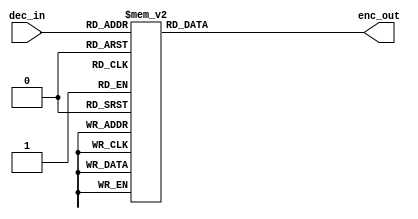
module priority_encoder(
    input [3:0] dec_in,
    output [2:0] enc_out
);

always @(*)
begin
    case(dec_in)
        4'b1001: enc_out = 3'b100; //Decimal 9
        4'b1000: enc_out = 3'b011; //Decimal 8
        4'b0111: enc_out = 3'b010; //Decimal 7
        4'b0110: enc_out = 3'b001; //Decimal 6
        4'b0101: enc_out = 3'b000; //Decimal 5
        4'b0100: enc_out = 3'b110; //Decimal 4
        4'b0011: enc_out = 3'b101; //Decimal 3
        4'b0010: enc_out = 3'b110; //Decimal 2
        4'b0001: enc_out = 3'b000; //Decimal 1
        4'b0000: enc_out = 3'b000; //Decimal 0
        default: enc_out = 3'b000; //Default to lowest priority if no match
    endcase
end

endmodule